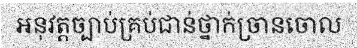
អនុវត្តច្បាប់គ្រប់ជាន់ថ្នាក់ច្រានចោល